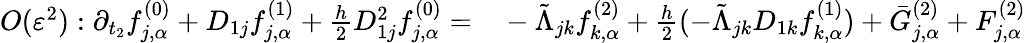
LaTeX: \begin{array}{rl}{O(\varepsilon^{2}):\partial_{t_{2}}f_{j,\alpha}^{(0)}+D_{1j}f_{j,\alpha}^{(1)}+\frac{h}{2}D_{1j}^{2}f_{j,\alpha}^{(0)}=}&{{}-\tilde{\Lambda}_{jk}f_{k,\alpha}^{(2)}+\frac{h}{2}(-\tilde{\Lambda}_{jk}D_{1k}f_{k,\alpha}^{(1)})+\bar{G}_{j,\alpha}^{(2)}+F_{j,\alpha}^{(2)}}\end{array}